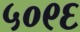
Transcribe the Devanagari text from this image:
५०९६